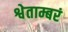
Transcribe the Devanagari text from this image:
श्वेताम्बरं